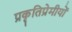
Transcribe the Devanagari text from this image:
प्रकृतिप्रेमीयों